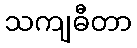
သကျဓီတာ